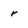
Character: r